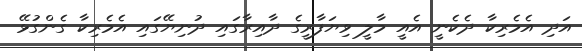
އަދި އެމެރިކާ ދެކެނީ އެއީ މާލީ ވިޔަފާރީގެ ދާއިރާގައި ދުނިޔޭގައި އެމެރިކާ ގެންގުޅޭ